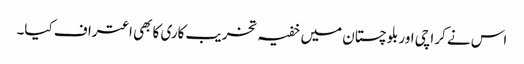
اس نے کراچی اور بلوچستان میں خفیہ تخریب کاری کا بھی اعتراف کیا۔